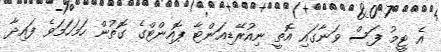
އެ ޓީމު ފަސް ވަނާގައި އޮތީ ނިއުރޭޑިއަންޓާ ޕޮއިންޓްގެ ގޮތުން ހަމަހަމަވެ ފައިދާ